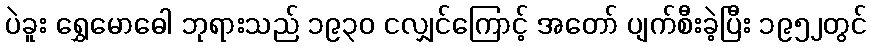
ပဲခူး ရွှေမောဓေါ ဘုရားသည် ၁၉၃၀ ငလျှင်ကြောင့် အတော် ပျက်စီးခဲ့ပြီး ၁၉၅၂တွင်